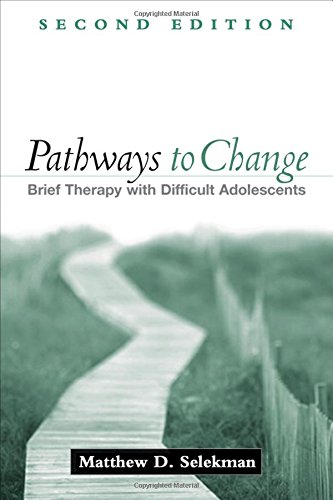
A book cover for Pathways to Change, Second Edition: Brief Therapy with Difficult Adolescents; Matthew D. Selekman MSW; Law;